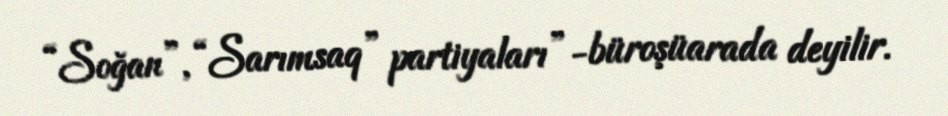
“Soğan”, “Sarımsaq” partiyaları”-büroşüarada deyilir.